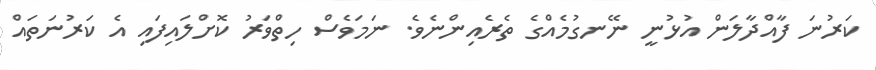
ކަރުނަ ފާއްދާލަން އުޅުނީ ނޭނގުމެއްގެ ތެރެއިންނެވެ. ނަމަވެސް ހިތްވަރު ކޮށްލައިފައި އެ ކަރުނަތައް